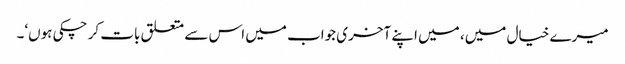
میرے خیال میں، میں اپنے آخری جواب میں اس سے متعلق بات کر چکی ہوں‘۔